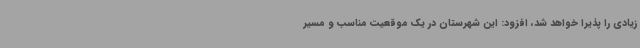
زیادی را پذیرا خواهد شد، افزود: این شهرستان در یک موقعیت مناسب و مسیر